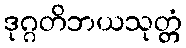
ဒုဂ္ဂတိဘယသုတ္တံ